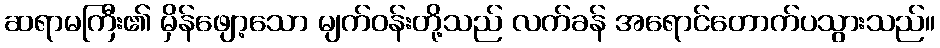
ဆရာမကြီး၏ မှိန်ဖျော့သော မျက်ဝန်းတို့သည် လက်ခန် အရောင်တောက်ပသွားသည်။